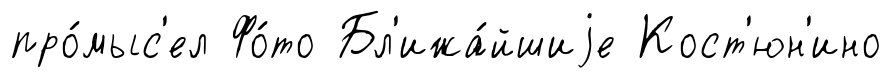
про́мыс'ел Фо́то Бл'ижа́йшиjе Кост'юн'ино